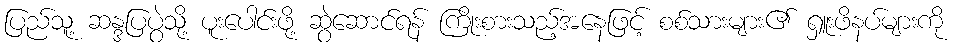
ပြည်သူ့ ဆန္ဒပြပွဲသို့ ပူးပေါင်းဖို့ ဆွဲဆောင်ရန် ကြိုးစားသည့်အနေဖြင့် စစ်သားများ၏ ရှူးဖိနပ်များကို